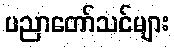
ပညာတော်သင်များ